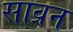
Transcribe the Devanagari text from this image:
साव्रन